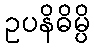
ဥပနိဓိမ္ပိ